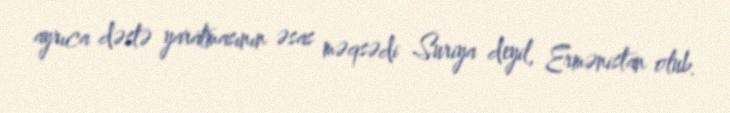
ayrıca dəstə yaratmasının əsas məqsədi Suriya deyil, Ermənistan olub.